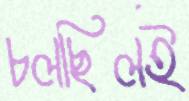
চলছিলই